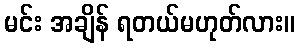
မင်း အချိန် ရတယ်မဟုတ်လား။